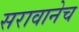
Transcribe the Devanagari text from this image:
सरावानेच